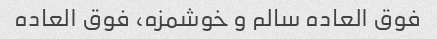
فوق العاده سالم و خوشمزه، فوق العاده